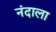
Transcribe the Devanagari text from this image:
नंदाला